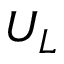
U _ { L }